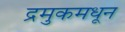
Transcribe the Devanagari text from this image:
द्रमुकमधून